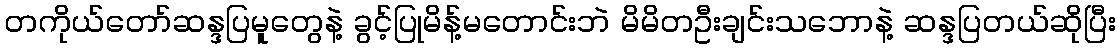
တကိုယ်တော်ဆန္ဒပြမူတွေနဲ့ ခွင့်ပြုမိန့်မတောင်းဘဲ မိမိတဦးချင်းသဘောနဲ့ ဆန္ဒပြတယ်ဆိုပြီး